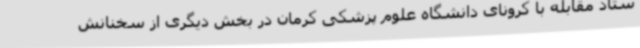
ستاد مقابله با کرونای دانشگاه علوم پزشکی کرمان در بخش دیگری از سخنانش